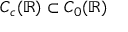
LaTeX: C _ { c } ( \mathbb { R } ) \subset C _ { 0 } ( \mathbb { R } )